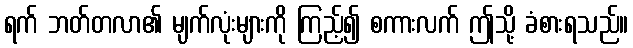
ရက် ဘတ်တလာ၏ မျက်လုံးများကို ကြည့်၍ စကားလက် ဤသို့ ခံစားရသည်။